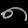
Digit: ၈